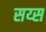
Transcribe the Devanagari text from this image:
सय्स